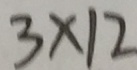
3 \times 1 2